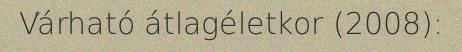
Várható átlagéletkor (2008):